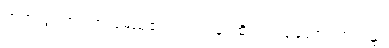
ဘုရားပွင့်ရာ ကာလမည်၏။ တဒါပန၊ ထိုကြည့်ရှုသော ကာလ၌။